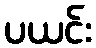
ပယင်း